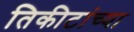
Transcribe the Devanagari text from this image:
तिकीटांच्या